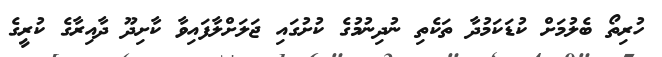
ހުރިތޯ ބެލުމަށް ކުޑަކަމުދާ ތަކެތި ނުދިނުމުގެ ކުށުގައި ޖަލަށްލާފައިވާ ކާށިދޫ ދާއިރާގެ ކުރީގެ